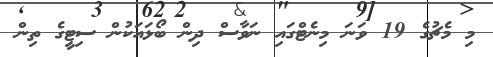
މި މެޗުގެ 19 ވަނަ މިނެޓްގައި ނަވާސް ދިން ބޯޅައަކުން ސިޓީގެ ތިން